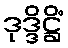
ဒုဒ္ဒိဋ္ဌိံ